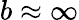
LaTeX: b\approx\infty